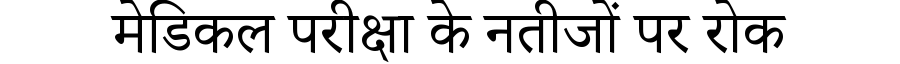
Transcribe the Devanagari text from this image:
मेडिकल परीक्षा के नतीजों पर रोक